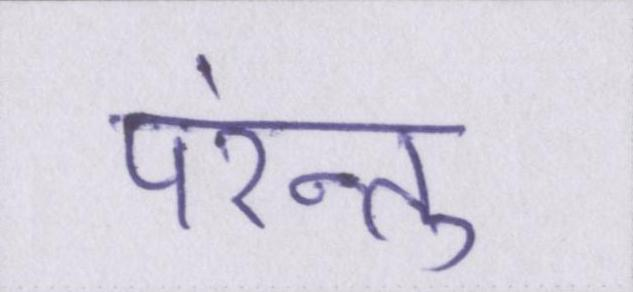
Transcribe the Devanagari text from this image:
परंन्तु